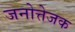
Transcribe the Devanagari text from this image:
जनोत्तेजक